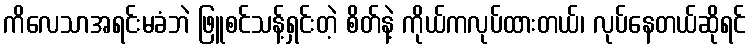
ကိလေသာအရင်းမခံဘဲ ဖြူစင်သန့်ရှင်းတဲ့ စိတ်နဲ့ ကိုယ်ကလုပ်ထားတယ်၊ လုပ်နေတယ်ဆိုရင်